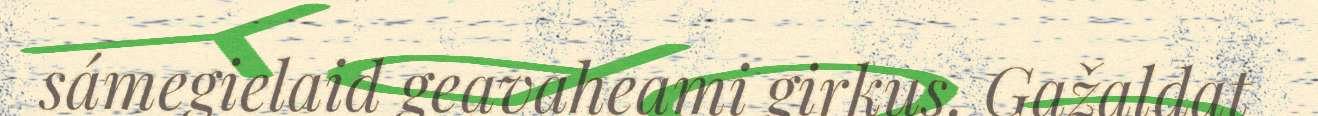
sámegielaid geavaheami girkus. Gažaldat